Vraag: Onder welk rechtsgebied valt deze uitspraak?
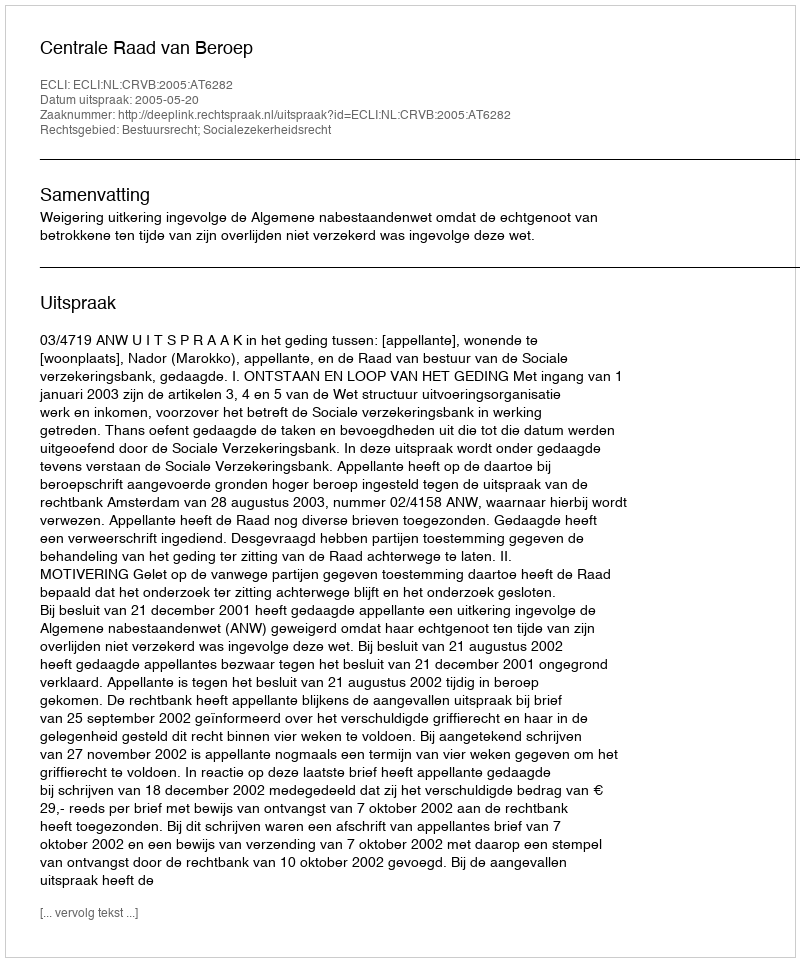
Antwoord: Bestuursrecht; Socialezekerheidsrecht